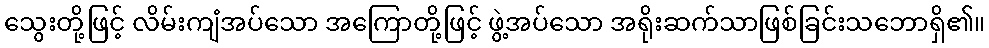
သွေးတို့ဖြင့် လိမ်းကျံအပ်သော အကြောတို့ဖြင့် ဖွဲ့အပ်သော အရိုးဆက်သာဖြစ်ခြင်းသဘောရှိ၏။